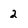
Character: 2